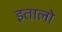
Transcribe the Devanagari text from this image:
इतालो